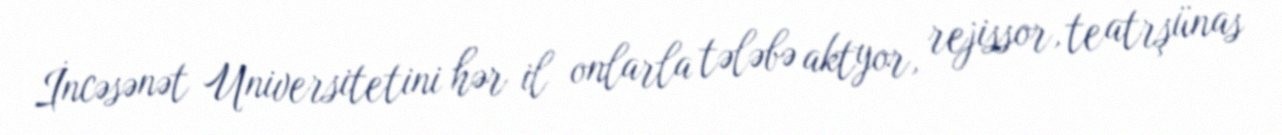
İncəsənət Universitetini hər il onlarla tələbə aktyor, rejissor, teatrşünas